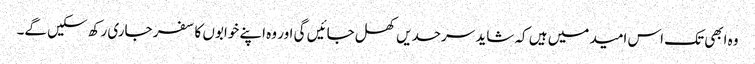
وہ ابھی تک اس امید میں ہیں کہ شاید سرحدیں کھل جائیں گی اور وہ اپنے خوابوں کا سفر جاری رکھ سکیں گے۔